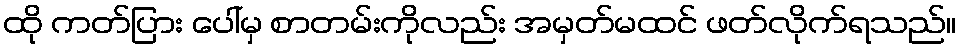
ထို ကတ်ပြား ပေါ်မှ စာတမ်းကိုလည်း အမှတ်မထင် ဖတ်လိုက်ရသည်။